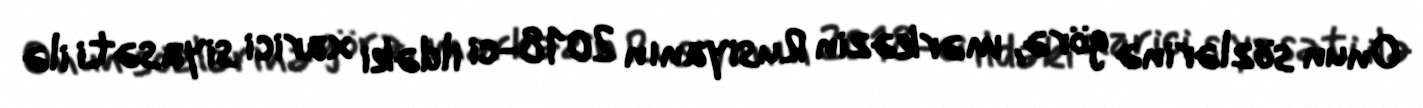
Onun sözlərinə görə, mərkəzin Rusiyanın 2018-ci ildəki xarici siyasəti ilə